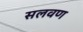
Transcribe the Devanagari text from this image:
सलवण